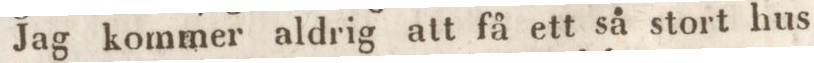
Jag kommer aldrig att få ett så stort hus